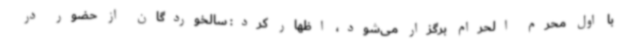
با اول محرم الحرام برگزار می‌شود، اظهار کرد: سالخوردگان از حضور در